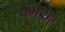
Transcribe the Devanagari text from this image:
बगडोर